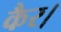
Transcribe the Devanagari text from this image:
कैर।